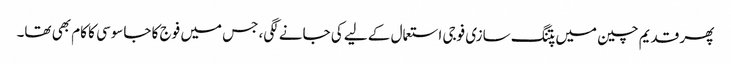
پھر قدیم چین میں پتنگ سازی فوجی استعمال کے لیے کی جانے لگی، جس میں فوج کا جاسوسی کا کام بھی تھا۔